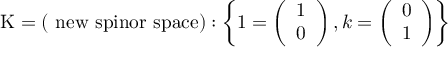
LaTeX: \mathrm { K = ( ~ n e w ~ s p i n o r ~ s p a c e ) } : \left\{ 1 = \left( \begin{array} { l } { { 1 } } \\ { { 0 } } \end{array} \right) , k = \left( \begin{array} { l } { { 0 } } \\ { { 1 } } \end{array} \right) \right\}